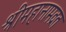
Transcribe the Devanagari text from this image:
श्रीमहानामव्रत